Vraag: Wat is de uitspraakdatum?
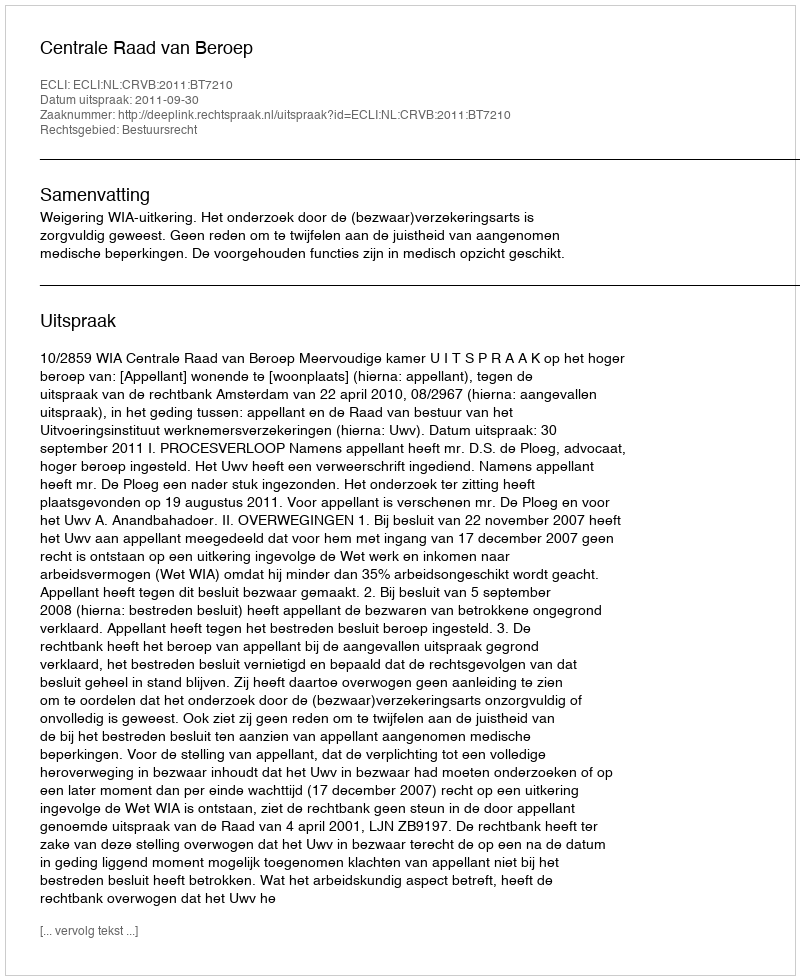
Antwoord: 2011-09-30